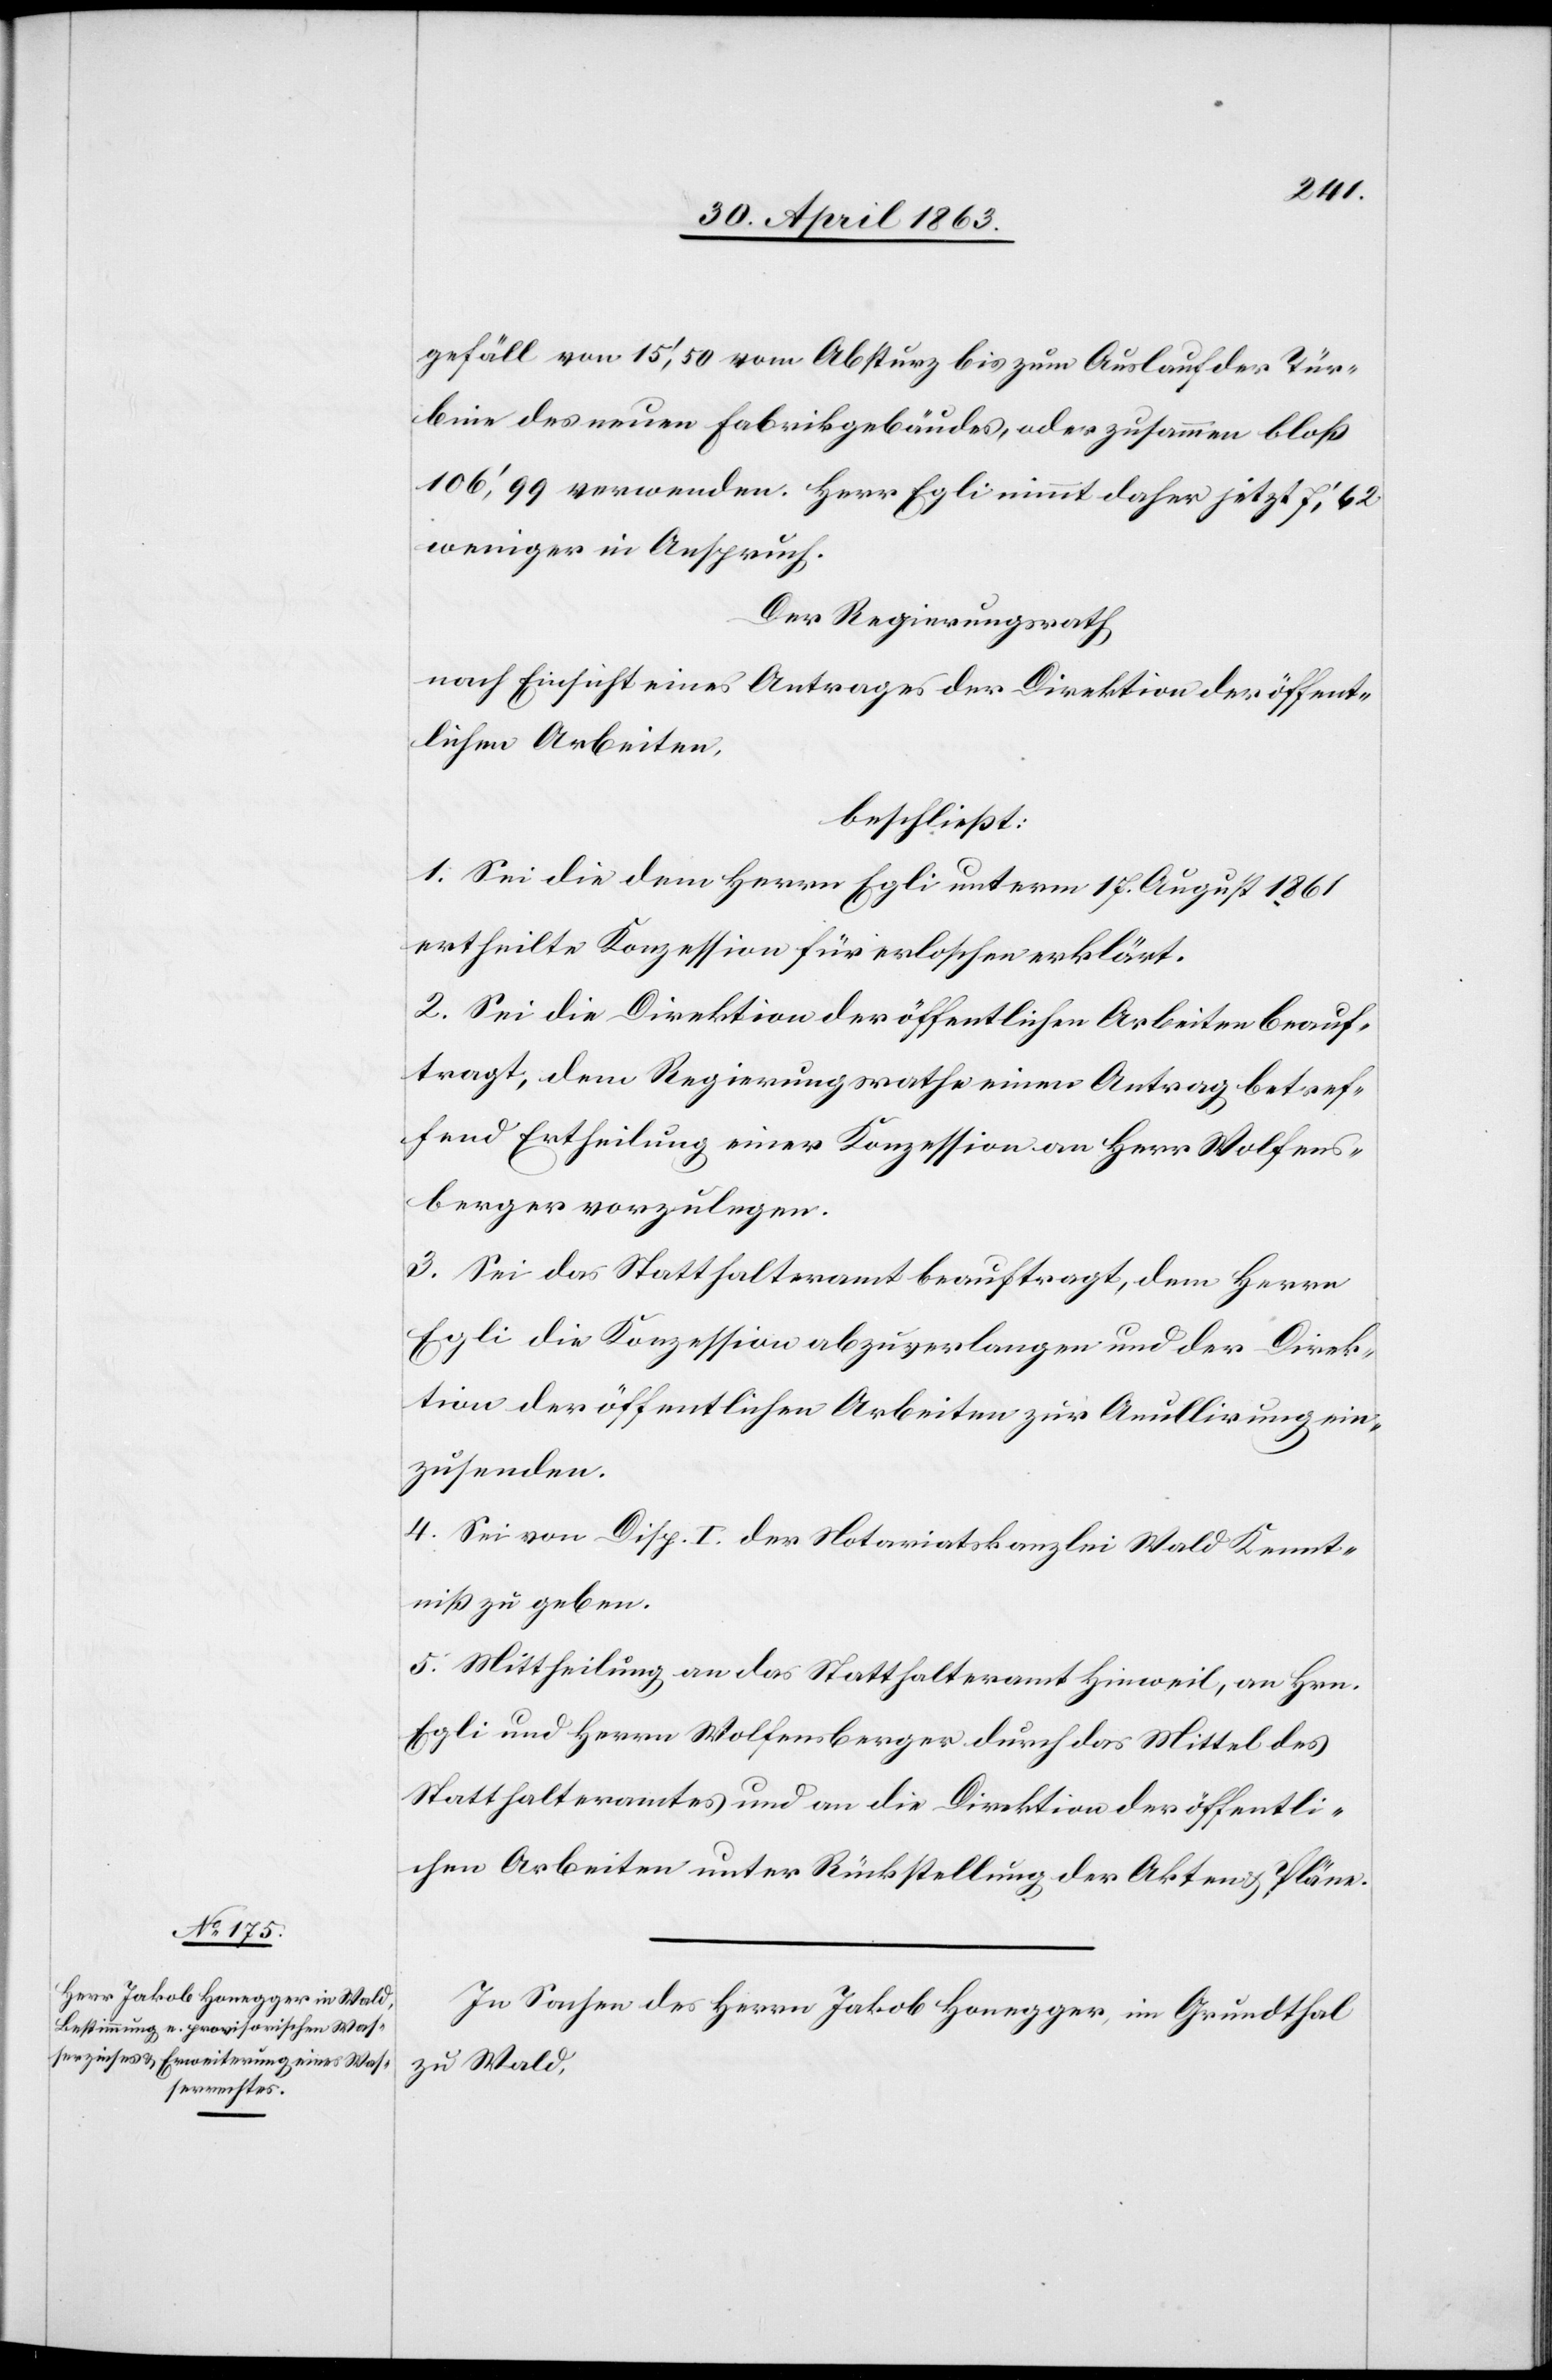
gefäll von 15', 50 vom Absturz bis zum Auslauf der Tür¬
bine des neuen Fabrikgebäudes, oder zusammen bloß
106' 99 verwenden. Herr Egli nimmt daher jetzt 7' 62
weniger in Anspruch.
Der Regierungsrath
nach Einsicht eines Antrages der Direktion der öffent¬
lichen Arbeiten,
beschließt:
1. Sei die dem Herrn Egli unterm 17. August 1861
ertheilte Konzession für erloschen erklärt.
2. Sei die Direktion der öffentlichen Arbeiten beauf¬
tragt, dem Regierungsrathe einen Antrag betref¬
fend Ertheilung einer Konzession an Herr Wolfens¬
berger vorzulegen.
3. Sei das Statthalteramt beauftragt, dem Herrn
Egli die Konzession abzuverlangen und der Direk¬
tion der öffentlichen Arbeiten zur Anullirung ein¬
zusenden.
4. Sei von Disp. I der Notariatskanzlei Wald Kennt¬
niß zu geben.
5. Mittheilung an das Statthalteramt Hinweil, an Hrn.
Egli und Herrn Wolfensberger durch das Mittel des
Statthalteramtes und an die Direktion der öffentli¬
chen Arbeiten unter Rückstellung der Akten & Pläne.
In Sachen des Herrn Jakob Honegger, im Grundthal
zu Wald,